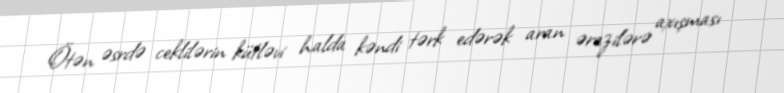
Ötən əsrdə ceklilərin kütləvi halda kəndi tərk edərək aran ərazilərə axışması